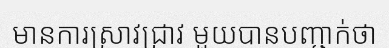
មានការស្រាវជ្រាវ មួយបានបញ្ជាក់ថា